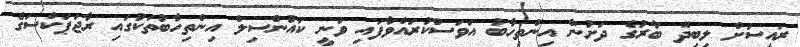
ރައީސަށް ލިބިދޭ ބާރުގެ ދަށުން އިންތިހާބު އަވަސްކުރައްވާފައި ވަނީ ކައުންސިލް އިންތިހާބުތަކުގައި ރާޖަޕަކްސަގެ